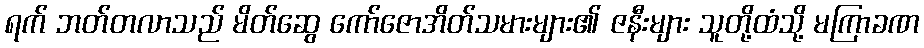
ရက် ဘတ်တလာသည် မိတ်ဆွေ ကော်ဇောအိတ်သမားများ၏ ဇနီးများ သူတို့ထံသို့ မကြာခဏ